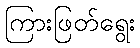
ကြားဖြတ်ရွေး